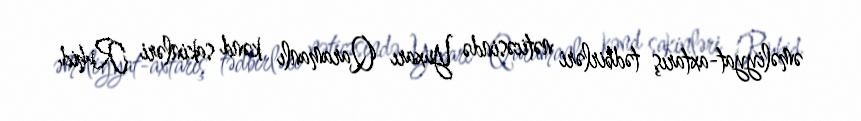
əməliyyat-axtarış tədbirləri nəticəsində Yuxarı Qaramanlı kənd sakinləri Ruhid